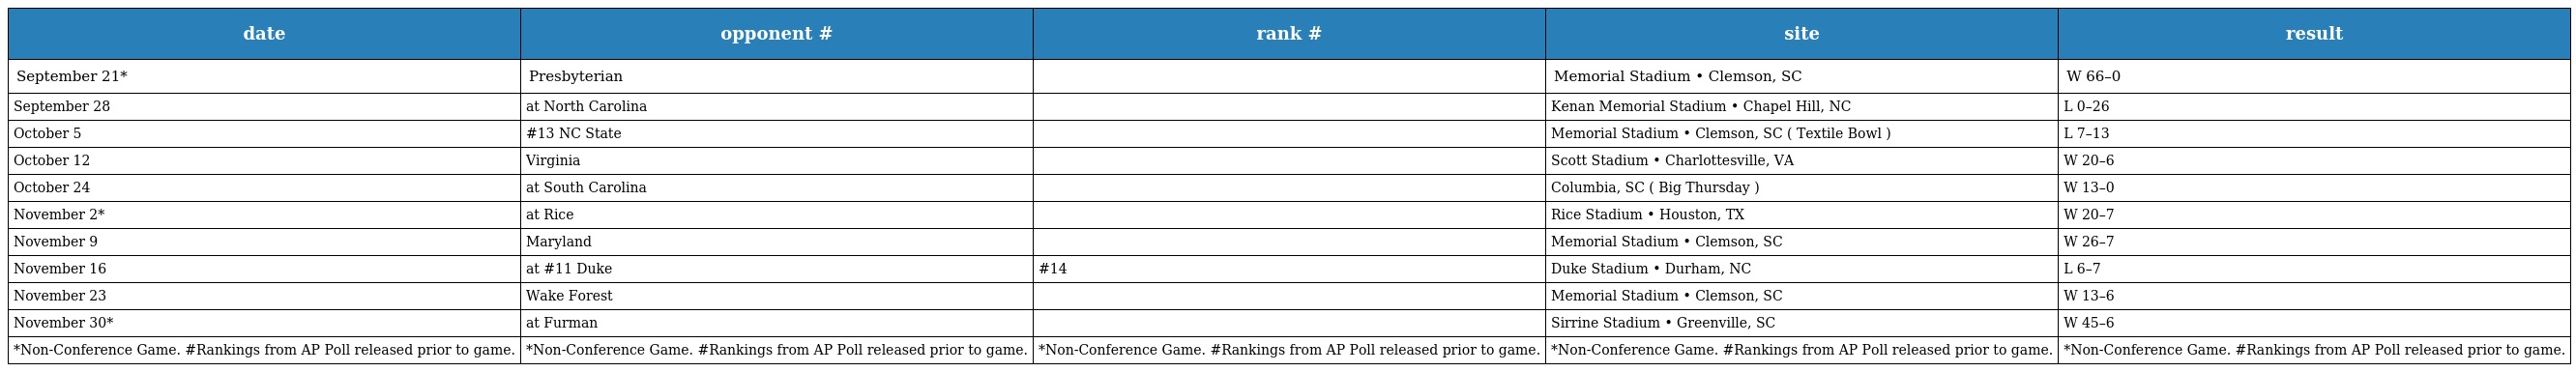
| date | opponent # | rank # | site | result |
 | --- | --- | --- | --- | --- |
 | September 21* | Presbyterian |  | Memorial Stadium • Clemson, SC | W 66–0 |
 | September 28 | at North Carolina |  | Kenan Memorial Stadium • Chapel Hill, NC | L 0–26 |
 | October 5 | #13 NC State |  | Memorial Stadium • Clemson, SC ( Textile Bowl ) | L 7–13 |
 | October 12 | Virginia |  | Scott Stadium • Charlottesville, VA | W 20–6 |
 | October 24 | at South Carolina |  | Columbia, SC ( Big Thursday ) | W 13–0 |
 | November 2* | at Rice |  | Rice Stadium • Houston, TX | W 20–7 |
 | November 9 | Maryland |  | Memorial Stadium • Clemson, SC | W 26–7 |
 | November 16 | at #11 Duke | #14 | Duke Stadium • Durham, NC | L 6–7 |
 | November 23 | Wake Forest |  | Memorial Stadium • Clemson, SC | W 13–6 |
 | November 30* | at Furman |  | Sirrine Stadium • Greenville, SC | W 45–6 |
 | *Non-Conference Game. #Rankings from AP Poll released prior to game. | *Non-Conference Game. #Rankings from AP Poll released prior to game. | *Non-Conference Game. #Rankings from AP Poll released prior to game. | *Non-Conference Game. #Rankings from AP Poll released prior to game. | *Non-Conference Game. #Rankings from AP Poll released prior to game. |